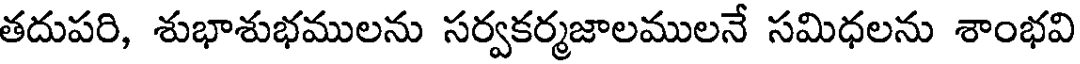
తదుపరి, శుభాశుభములను సర్వకర్మజాలములనే సమిధలను శాంభవి